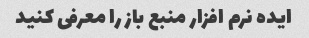
ایده نرم افزار منبع باز را معرفی کنید